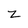
Character: Z